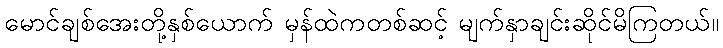
မောင်ချစ်အေးတို့နှစ်ယောက် မှန်ထဲကတစ်ဆင့် မျက်နှာချင်းဆိုင်မိကြတယ်။